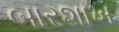
બારશાખ